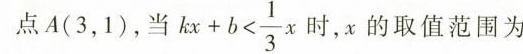
点A(31)当 $$k x + b < \frac { 1 } { 3 } x$$ ，x的取值范围为